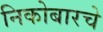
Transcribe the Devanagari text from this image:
निकोबारचे